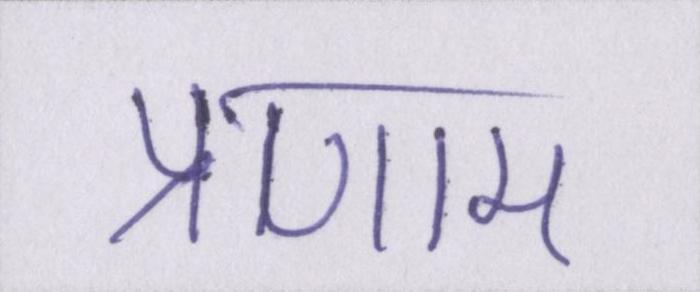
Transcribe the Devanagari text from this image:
प्रणाम